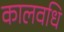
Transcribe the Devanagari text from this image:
कालवधि